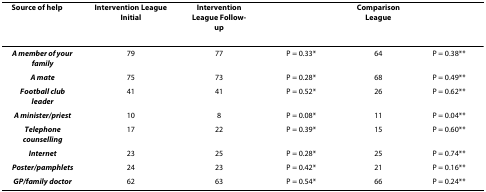
<table><thead><tr><td><b>Source of help</b></td><td><b>Intervention LeagueInitial</b></td><td><b>InterventionLeague Follow-up</b></td><td></td><td><b>Comparison League</b></td><td></td></tr></thead><tbody><tr><td><b><i>A member of your family</i></b></td><td>79</td><td>77</td><td>P = 0.33*</td><td>64</td><td>P = 0.38**</td></tr><tr><td><b><i>A mate</i></b></td><td>75</td><td>73</td><td>P = 0.28*</td><td>68</td><td>P = 0.49**</td></tr><tr><td><b><i>Football club leader</i></b></td><td>41</td><td>41</td><td>P = 0.52*</td><td>26</td><td>P = 0.62**</td></tr><tr><td><b><i>A minister/priest</i></b></td><td>10</td><td>8</td><td>P = 0.08*</td><td>11</td><td>P = 0.04**</td></tr><tr><td><b><i>Telephone counselling</i></b></td><td>17</td><td>22</td><td>P = 0.39*</td><td>15</td><td>P = 0.60**</td></tr><tr><td><b><i>Internet</i></b></td><td>23</td><td>25</td><td>P = 0.28*</td><td>25</td><td>P = 0.74**</td></tr><tr><td><b><i>Poster/pamphlets</i></b></td><td>24</td><td>23</td><td>P = 0.42*</td><td>21</td><td>P = 0.16**</td></tr><tr><td><b><i>GP/family doctor</i></b></td><td>62</td><td>63</td><td>P = 0.54*</td><td>66</td><td>P = 0.24**</td></tr></tbody></table>